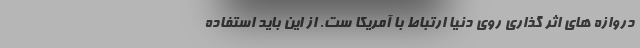
دروازه های اثر گذاری روی دنیا ارتباط با آمریکا ست. از این باید استفاده